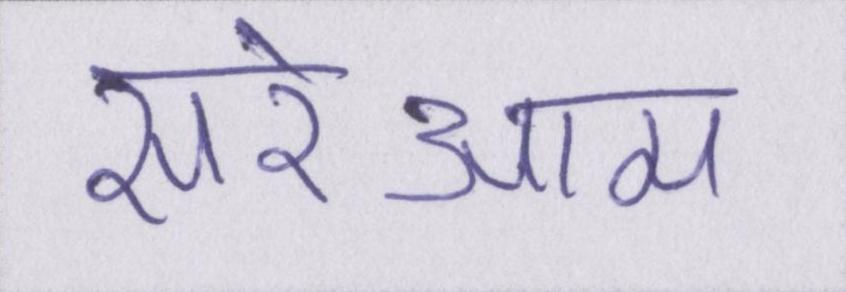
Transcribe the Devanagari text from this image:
सरेआम